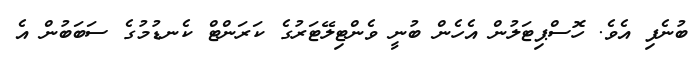
ބުނެފި އެވެ. ހޮސްޕިޓަަލުން އެހެން ބުނީ ވެންޓިލޭޓަރުގެ ކަރަންޓް ކެނޑުމުގެ ސަބަބުން އެ